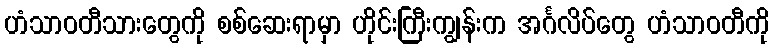
ဟံသာဝတီသားတွေကို စစ်ဆေးရာမှာ ဟိုင်းကြီးကျွန်းက အင်္ဂလိပ်တွေ ဟံသာဝတီကို